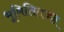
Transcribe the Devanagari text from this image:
भूमितितज्ज्ञ